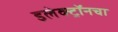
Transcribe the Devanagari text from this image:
इलेक्ट्रॉनचा